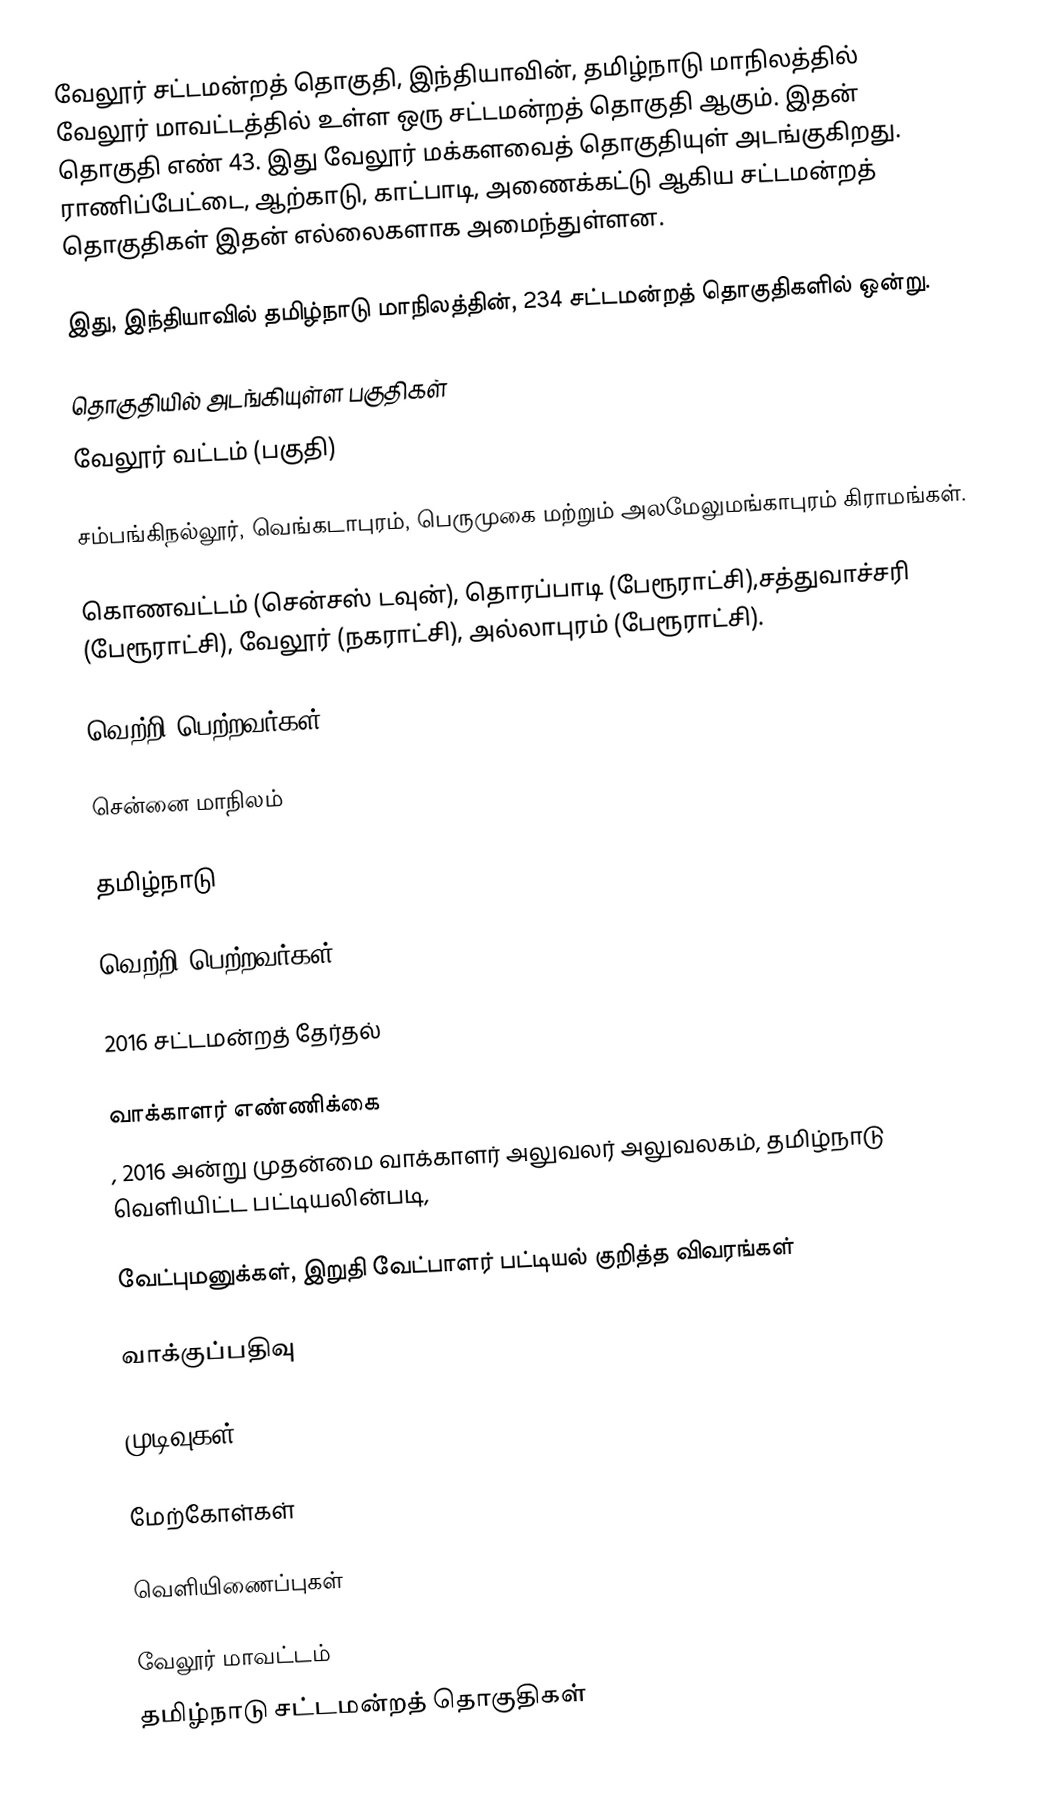
வேலூர் சட்டமன்றத் தொகுதி, இந்தியாவின், தமிழ்நாடு மாநிலத்தில்  வேலூர் மாவட்டத்தில் உள்ள ஒரு சட்டமன்றத் தொகுதி ஆகும். இதன் தொகுதி எண் 43. இது வேலூர் மக்களவைத் தொகுதியுள் அடங்குகிறது. ராணிப்பேட்டை, ஆற்காடு, காட்பாடி, அணைக்கட்டு ஆகிய சட்டமன்றத் தொகுதிகள் இதன் எல்லைகளாக அமைந்துள்ளன.

இது, இந்தியாவில் தமிழ்நாடு மாநிலத்தின், 234 சட்டமன்றத் தொகுதிகளில் ஒன்று.

தொகுதியில் அடங்கியுள்ள பகுதிகள்
வேலூர் வட்டம் (பகுதி)

சம்பங்கிநல்லூர், வெங்கடாபுரம், பெருமுகை மற்றும் அலமேலுமங்காபுரம் கிராமங்கள்.

கொணவட்டம் (சென்சஸ் டவுன்), தொரப்பாடி (பேரூராட்சி),சத்துவாச்சரி (பேரூராட்சி), வேலூர் (நகராட்சி), அல்லாபுரம் (பேரூராட்சி).

வெற்றி பெற்றவர்கள்

சென்னை மாநிலம்

தமிழ்நாடு

வெற்றி பெற்றவர்கள்

2016 சட்டமன்றத் தேர்தல்

வாக்காளர் எண்ணிக்கை
, 2016 அன்று முதன்மை வாக்காளர் அலுவலர் அலுவலகம், தமிழ்நாடு வெளியிட்ட பட்டியலின்படி,

வேட்புமனுக்கள், இறுதி வேட்பாளர் பட்டியல் குறித்த விவரங்கள்

வாக்குப்பதிவு

முடிவுகள்

மேற்கோள்கள்

வெளியிணைப்புகள்

வேலூர் மாவட்டம்
தமிழ்நாடு சட்டமன்றத் தொகுதிகள்